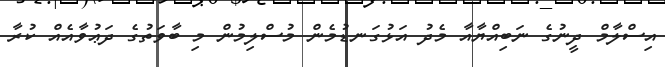
އިސްލާމް ދީނުގެ ނަބިއްޔާއާ މެދު އަޅުގަނޑުމެން މުސްލިމުން މި ބާވަތުގެ ދަޢުވާއެއް ކުރާ